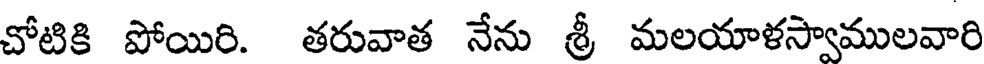
చోటికి పోయిరి. తరువాత నేను శ్రీ మలయాళస్వాములవారి